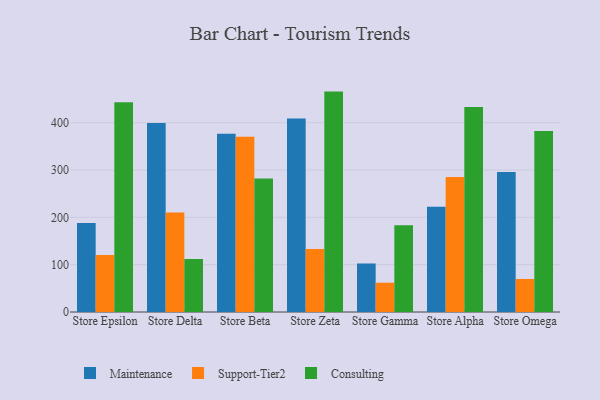
{"axis": {"x": "Store", "y": "Conversion Rate (%)"}, "legend": ["Consulting", "Maintenance", "Support-Tier2"], "data": [{"x": "Store Epsilon", "y": 187.8, "type": "Maintenance"}, {"x": "Store Epsilon", "y": 120.6, "type": "Support-Tier2"}, {"x": "Store Epsilon", "y": 443.2, "type": "Consulting"}, {"x": "Store Delta", "y": 399.2, "type": "Maintenance"}, {"x": "Store Delta", "y": 210.5, "type": "Support-Tier2"}, {"x": "Store Delta", "y": 112.2, "type": "Consulting"}, {"x": "Store Beta", "y": 376.8, "type": "Maintenance"}, {"x": "Store Beta", "y": 370.2, "type": "Support-Tier2"}, {"x": "Store Beta", "y": 282.2, "type": "Consulting"}, {"x": "Store Zeta", "y": 408.9, "type": "Maintenance"}, {"x": "Store Zeta", "y": 133.2, "type": "Support-Tier2"}, {"x": "Store Zeta", "y": 465.7, "type": "Consulting"}, {"x": "Store Gamma", "y": 102.5, "type": "Maintenance"}, {"x": "Store Gamma", "y": 61.9, "type": "Support-Tier2"}, {"x": "Store Gamma", "y": 183.5, "type": "Consulting"}, {"x": "Store Alpha", "y": 222.5, "type": "Maintenance"}, {"x": "Store Alpha", "y": 285.5, "type": "Support-Tier2"}, {"x": "Store Alpha", "y": 433.1, "type": "Consulting"}, {"x": "Store Omega", "y": 295.9, "type": "Maintenance"}, {"x": "Store Omega", "y": 69.8, "type": "Support-Tier2"}, {"x": "Store Omega", "y": 382.5, "type": "Consulting"}]}